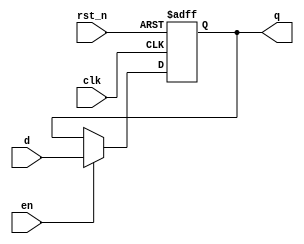
module dff_16(q, d, en, rst_n, clk);
	input [15:0] d;
	input en, rst_n, clk;
	output reg [15:0] q;

	always @(posedge clk, negedge rst_n) begin
		if(rst_n) begin
			if(en) q <= d;
			else q <= q;
		end else q <= 0;
	end

endmodule